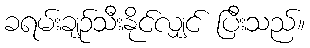
ခရမ်းချဉ်သီးနိုင်လျှင် ပြီးသည်။